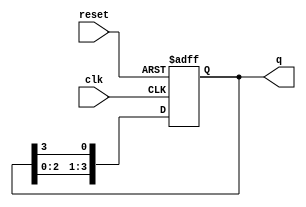
module synchronous_ring_counter (
    input wire clk,     // Clock input
    input wire reset,   // Asynchronous reset input
    output reg [3:0] q  // 4-bit output for the ring counter
);
    
    // Initial state
    initial begin
        q = 4'b0001; // Initialize to 1000
    end

    // Always block triggered on the rising edge of the clock or reset signal
    always @(posedge clk or posedge reset) begin
        if (reset) begin
            // Asynchronous reset to set the first flip-flop to 1
            q <= 4'b0001; // Reset to 1000
        end else begin
            // Shift operation
            q <= {q[2:0], q[3]}; // Rotate right
        end
    end

endmodule